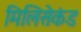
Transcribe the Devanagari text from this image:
मिलिसेकंड